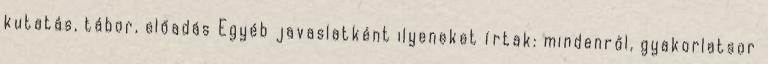
kutatás, tábor, előadás Egyéb javaslatként ilyeneket írtak: mindenről, gyakorlatsor